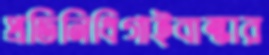
প্রতিনিধিগাইবান্ধার